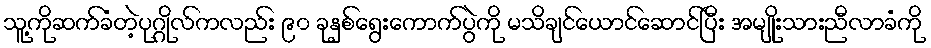
သူ့ကိုဆက်ခံတဲ့ပုဂ္ဂိုလ်ကလည်း ၉၀ ခုနှစ်ရွေးကောက်ပွဲကို မသိချင်ယောင်ဆောင်ပြီး အမျိုးသားညီလာခံကို